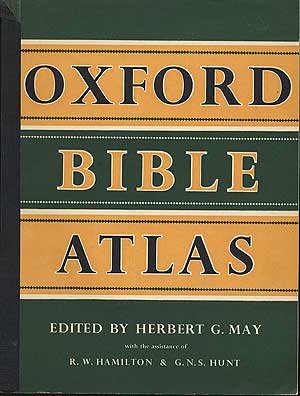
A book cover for Oxford Bible Atlas; Herbert G. May; Christian Books & Bibles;